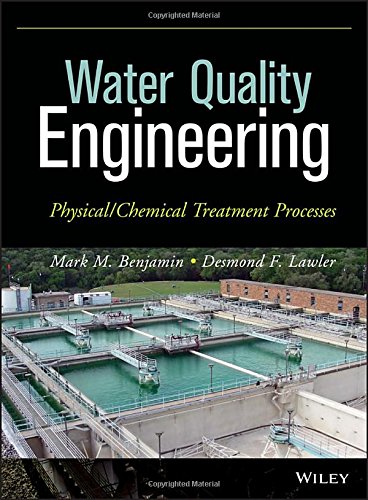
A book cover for Water Quality Engineering: Physical / Chemical Treatment Processes; Mark M. Benjamin; Science & Math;